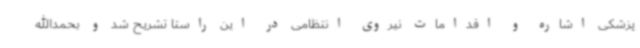
پزشکی اشاره و اقدامات نیروی انتظامی در این راستا تشریح شد و بحمدالله